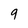
Character: 9